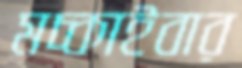
মচ্‌কাইবার